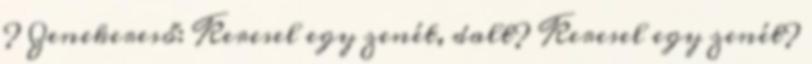
? Zenekereső: Keresel egy zenét, dalt? Keresel egy zenét?